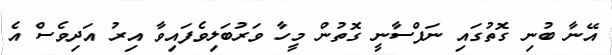
އޭނާ ބުނި ގޮތުގައި ނަފްސާނީ ގޮތުން މީހާ ވަރުބަލިވެފައިވާ އިރު އަދިވެސް އެ